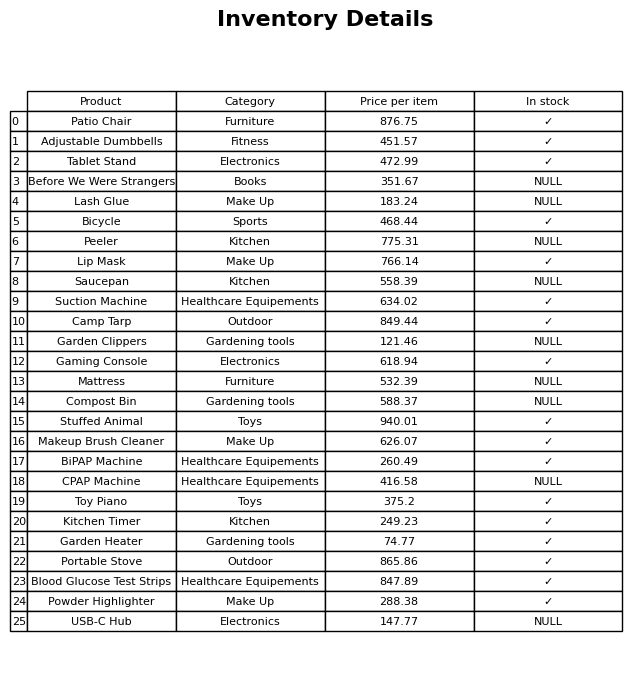
question: What category does the Stuffed Animal belong to?
answer: Toys